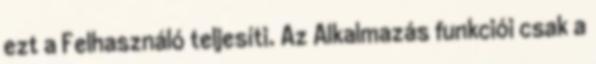
ezt a Felhasználó teljesíti. Az Alkalmazás funkciói csak a